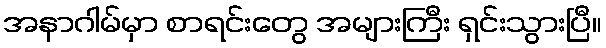
အနာဂါမ်မှာ စာရင်းတွေ အများကြီး ရှင်းသွားပြီ။